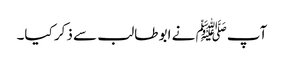
آپﷺ نے ابو طالب سے ذکر کیا۔